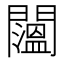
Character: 𨷇